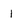
Character: 1